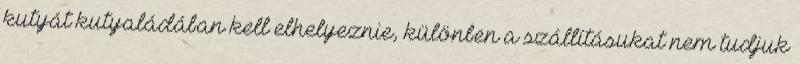
kutyát kutyaládában kell elhelyeznie, különben a szállításukat nem tudjuk